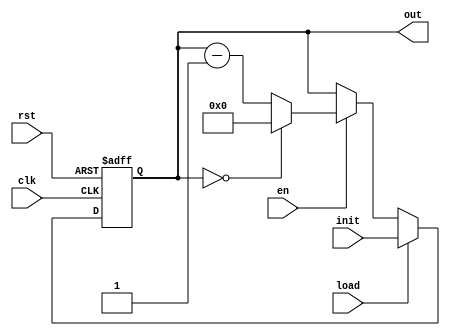
`timescale 1ns / 1ps
`default_nettype none //helps catch typo-related bugs
//////////////////////////////////////////////////////////////////////////////////
// 
// CS 141 - Fall 2015
// Module Name:    timer_new 
// Author(s): 
// Description: 
//
//
//////////////////////////////////////////////////////////////////////////////////
module timer #(parameter n = 4) (clk, rst, en, load, init, out);

	//port definitions - customize for different bit widths
	input clk, rst, en, load;
	input [n-1:0] init;
	output [n-1:0] out;
	
	reg [n-1:0] out_reg, out_next;
	
	// Reset
	always @(posedge clk, posedge rst)
	begin
		if (rst)
			out_reg <= {(n) {1'b1}}; // is load maximum value?
		else
			out_reg <= out_next;
	end
	
	// Next state logic
	always @*
	begin
		
		// Load init value.
		if (load)
			out_next <= init;
		
		// Load decrement if not already at 0.
		else if (en)
			out_next <= (out_reg == {(n) {1'b0}} ) ? {(n) {1'b0}} : out_reg - 1;
		
		// Basically do nothing! "Pause."
		else
			out_next <= out_reg;	
	end

	assign out = out_reg;


endmodule
`default_nettype wire //some Xilinx IP requires that the default_nettype be set to wire